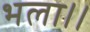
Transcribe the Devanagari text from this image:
भला।।